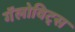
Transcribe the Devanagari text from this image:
गॅलोविट्स